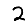
Digit: 2